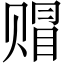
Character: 赗